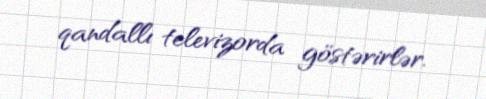
qandallı televizorda göstərirlər.